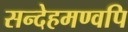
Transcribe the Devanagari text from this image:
सन्देहमण्वपि